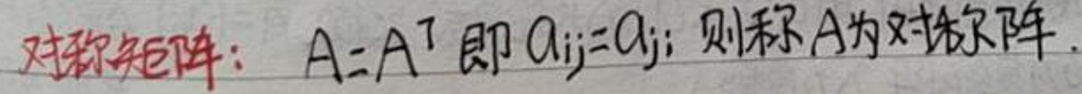
对称矩阵：$A = A^T$ 即 $a_{ij} = a_{ji}$ 则称 $A$ 为对称阵.